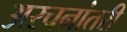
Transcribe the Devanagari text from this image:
अरचनांतरी